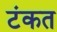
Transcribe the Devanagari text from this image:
टंकत